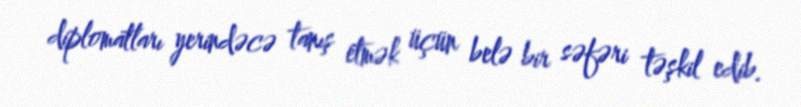
diplomatları yerindəcə tanış etmək üçün belə bir səfəri təşkil edib.